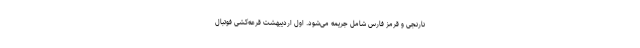
نارنجی و قرمز فارس شامل جریمه می‌شود. اول اردیبهشت قرعه‌کشی فوتبال